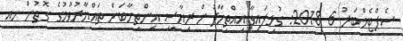
ސެޕްޓެމްބަރު 6 2018: ގުޅިފައިވާ އިއްތިހާދުން ރިޔާސީ އިންތިހާބަށް ތައްޔާރުވުމުގެ ގޮތުން ހއ